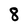
Character: 8